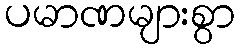
ပမာဏများစွာ